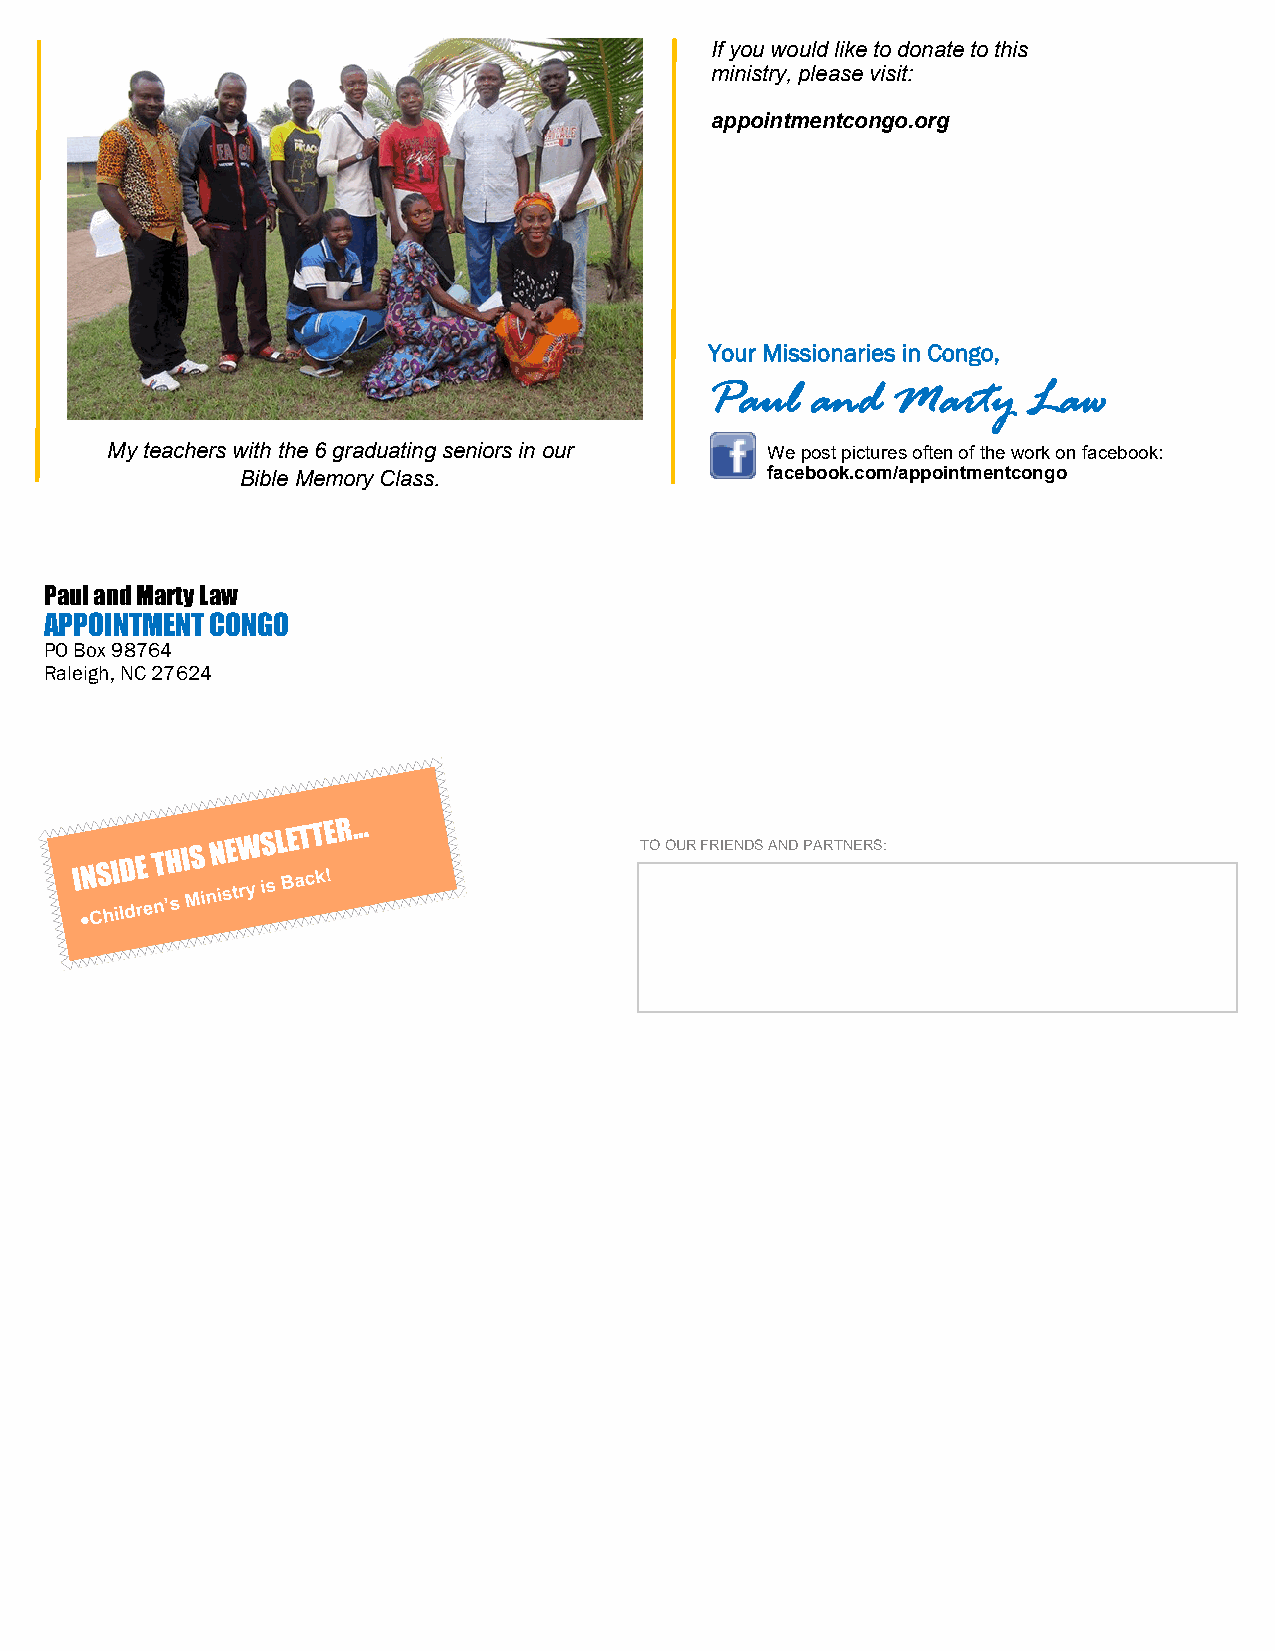
If you would like to donate to this
 ministry, please visit:
 appointmentcongo.org
 Your Missionaries in Congo,
 Paul   and  Marty    Law
 My teachers with the 6 graduating seniors in our We post pictures often of the work on facebook:
 Bible Memory Class.                facebook.com/appointmentcongo
 Paul and Marty Law
 APPOINTMENT CONGO
 PO Box 98764
 Raleigh, NC 27624
 TO OUR FRIENDS AND PARTNERS: